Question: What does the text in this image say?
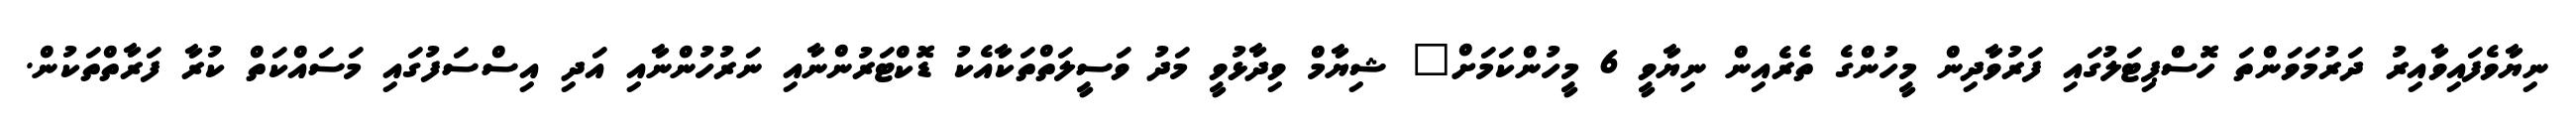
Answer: ނިޔާވެފައިވާއިރު ދަރުމަވަންތަ ހޮސްޕިޓަލުގައި ފަރުވާދިން މީހުންގެ ތެރެއިން ނިޔާވީ 6 މީހުންކަމަށް" ޝިޔާމް ވިދާޅުވީ މަދު ވަސީލަތްތަކާއެކު ޑޮކްޓަރުންނާއި ނަރުހުންނާއި އަދި އިސްސަފުގައި މަސައްކަތް ކުރާ ފަރާތްތަކުން.